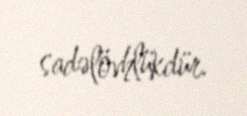
sadəlövhlükdür.